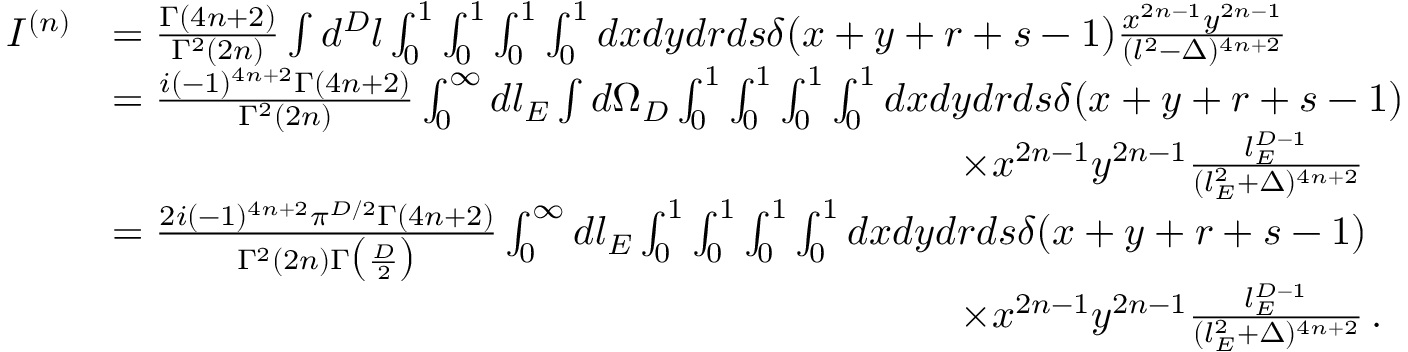
\begin{array} { r l } { I ^ { ( n ) } } & { = \frac { \Gamma ( 4 n + 2 ) } { \Gamma ^ { 2 } ( 2 n ) } \int d ^ { D } l \int _ { 0 } ^ { 1 } \int _ { 0 } ^ { 1 } \int _ { 0 } ^ { 1 } \int _ { 0 } ^ { 1 } d x d y d r d s \delta ( x + y + r + s - 1 ) \frac { x ^ { 2 n - 1 } y ^ { 2 n - 1 } } { ( l ^ { 2 } - \Delta ) ^ { 4 n + 2 } } } \\ & { = \frac { i ( - 1 ) ^ { 4 n + 2 } \Gamma ( 4 n + 2 ) } { \Gamma ^ { 2 } ( 2 n ) } \int _ { 0 } ^ { \infty } d l _ { E } \int d \Omega _ { D } \int _ { 0 } ^ { 1 } \int _ { 0 } ^ { 1 } \int _ { 0 } ^ { 1 } \int _ { 0 } ^ { 1 } d x d y d r d s \delta ( x + y + r + s - 1 ) } \\ & { \quad \quad \quad \quad \quad \quad \quad \quad \quad \quad \quad \quad \quad \quad \quad \quad \quad \quad \quad \quad \quad \times x ^ { 2 n - 1 } y ^ { 2 n - 1 } \frac { l _ { E } ^ { D - 1 } } { ( l _ { E } ^ { 2 } + \Delta ) ^ { 4 n + 2 } } } \\ & { = \frac { 2 i ( - 1 ) ^ { 4 n + 2 } \pi ^ { D / 2 } \Gamma ( 4 n + 2 ) } { \Gamma ^ { 2 } ( 2 n ) \Gamma \big ( \frac { D } { 2 } \big ) } \int _ { 0 } ^ { \infty } d l _ { E } \int _ { 0 } ^ { 1 } \int _ { 0 } ^ { 1 } \int _ { 0 } ^ { 1 } \int _ { 0 } ^ { 1 } d x d y d r d s \delta ( x + y + r + s - 1 ) } \\ & { \quad \quad \quad \quad \quad \quad \quad \quad \quad \quad \quad \quad \quad \quad \quad \quad \quad \quad \quad \quad \quad \times x ^ { 2 n - 1 } y ^ { 2 n - 1 } \frac { l _ { E } ^ { D - 1 } } { ( l _ { E } ^ { 2 } + \Delta ) ^ { 4 n + 2 } } \, . } \end{array}